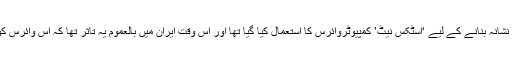
ماضی میں نطنزجوہری تنصیب کو نشانہ بنانے کے لیے ‘اسٹکس نیٹ’ کمپیوٹروائرس کا استعمال کیا گیا تھا اور اس وقت ایران میں بالعموم یہ تاثر تھا کہ اس وائرس کو امریکا یا اسرائیل نے تیار کیا تھا۔